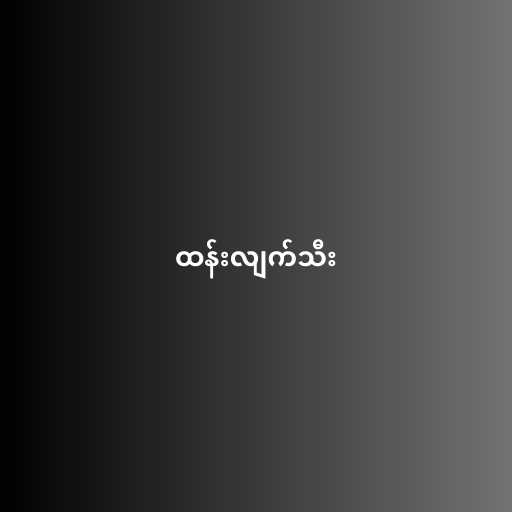
ထန်းလျက်သီး